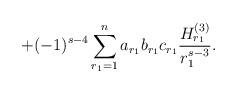
LaTeX: \begin{align*} +(-1)^{s-4}\sum_{r_1=1}^{n}a_{r_1}b_{r_1}c_{r_1}\frac{H^{(3)}_{r_1}}{r_1^{s-3}}.\end{align*}